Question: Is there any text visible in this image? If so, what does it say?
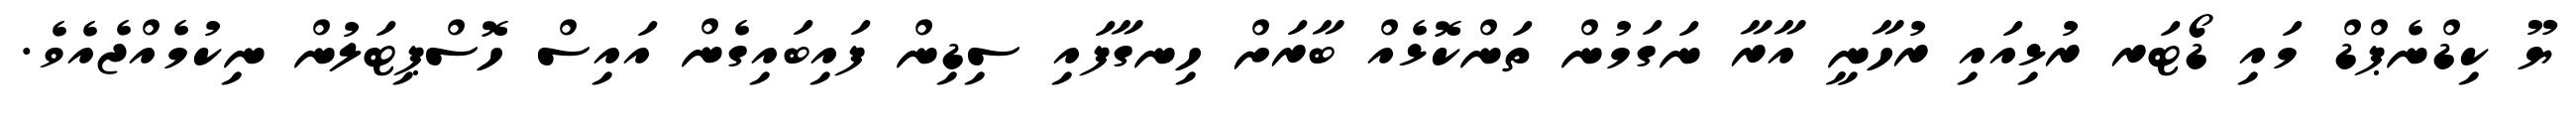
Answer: ޔޫ ކިޑްނެޕްޑް މައި ޑޯޓަރ ރުޅިއައި ރުހާނީ އާރާ ނަގަމުން ތަންކޮޅެއް ބާރަށް ހިނގާފައި ސިޑިން ފައިބައިގެން އައިސް ހޮސްޕިޓަލުން ނިކުމެއްޖެއެވެ.